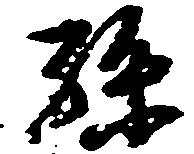
孫